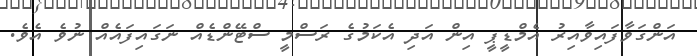
އަންގަވާފައިވާއިރު އެމްޑީޕީ އިން އަދި އެކަމުގެ ރަސްމީ ސްޓޭންޑެއް ނަގައިފައެއް ނުވެ އެވެ.